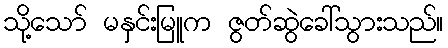
သို့သော် မနှင်းမြူက ဇွတ်ဆွဲခေါ်သွားသည်။